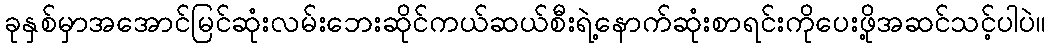
ခုနှစ်မှာအအောင်မြင်ဆုံးလမ်းဘေးဆိုင်ကယ်ဆယ်စီးရဲ့နောက်ဆုံးစာရင်းကိုပေးဖို့အဆင်သင့်ပါပဲ။